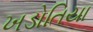
ખડોતિયા